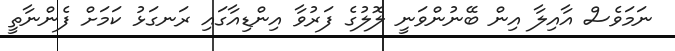
ނަމަވެސް އާއިލާ އިން ބޭނުންވަނީ ލޮލުގެ ފަރުވާ އިންޑިއާގައި ރަނގަޅު ކަމަށް ފެންނާތީ